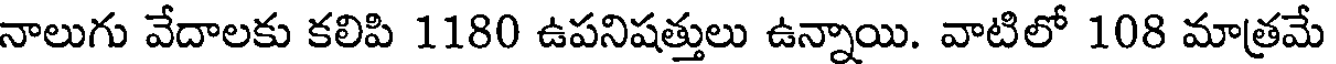
నాలుగు వేదాలకు కలిపి 1180 ఉపనిషత్తులు ఉన్నాయి. వాటిలో 108 మాత్రమే